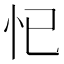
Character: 𱞁